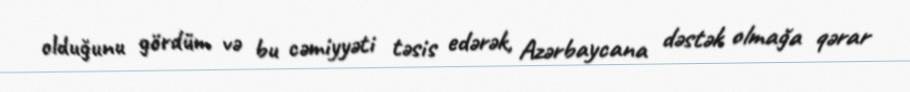
olduğunu gördüm və bu cəmiyyəti təsis edərək, Azərbaycana dəstək olmağa qərar